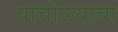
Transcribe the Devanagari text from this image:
पाचोळ्याचा